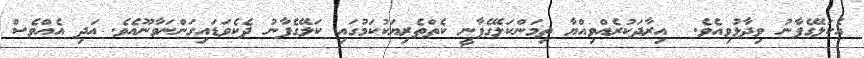
އެކަލޭގެފާނު ވިދާޅުވިއެވެ.  އިރާދަކުރެއްވިއްޔާ ތިމަންކަލޭގެފާނީ ކެތްތެރިޔަކުކަމުގައި ކަލޭގެފާނު ދެކެވަޑައިގަންނަވާނޫއެވެ. އަދި އެއްވެސް